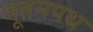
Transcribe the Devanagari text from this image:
नूतनपथ